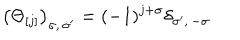
\left( \Theta _ { [ j ] } \right) _ { \sigma , \, \sigma ^ { \prime } } = ( - 1 ) ^ { j + \sigma } \delta _ { \sigma ^ { \prime } , \, - \sigma }